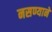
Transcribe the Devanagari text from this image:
नसण्याने